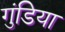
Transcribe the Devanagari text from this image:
गुंडिया